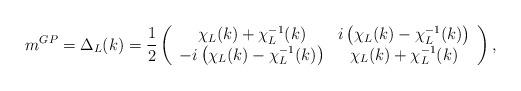
LaTeX: \begin{align*} m^{GP}=\Delta_L(k)=\frac{1}{2} \left( \begin{array}{cc} \chi_L(k)+\chi_L^{-1}(k) & i\left(\chi_L(k)-\chi_L^{-1}(k)\right)\\ -i\left(\chi_L(k)-\chi_L^{-1}(k)\right) & \chi_L(k)+\chi_L^{-1}(k) \end{array} \right), \end{align*}